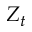
Z _ { t }